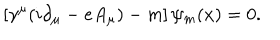
LaTeX: \left[ \gamma ^ { \mu } ( i \partial _ { \mu } - e A _ { \mu } ) - m \right] \psi _ { m } ( x ) = 0 .